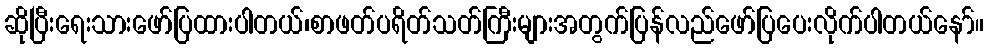
ဆိုပြီးရေးသားဖော်ပြထားပါတယ်၊စာဖတ်ပရိတ်သတ်ကြီးများအတွက်ပြန်လည်ဖော်ပြပေးလိုက်ပါတယ်နော်။